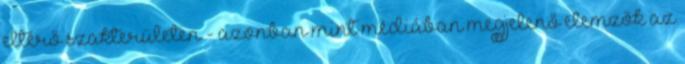
eltérő szakterületen - azonban mint médiában megjelenő elemzők az